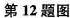
第12题图